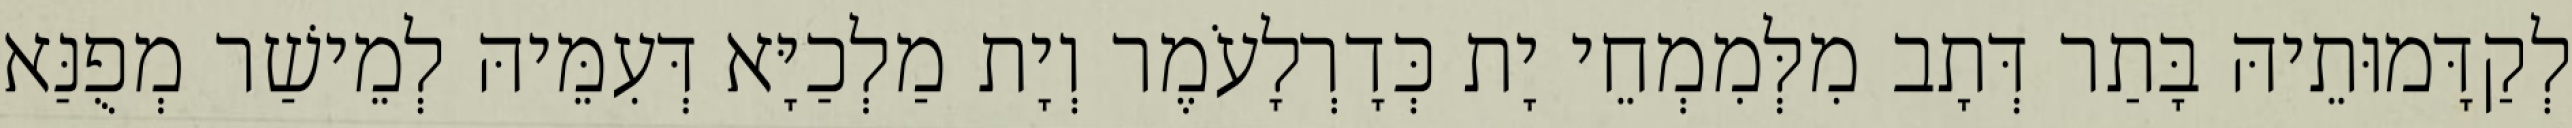
לְקַדָּמוּתֵיהּ בָּתַר דְּתָב מִלְּמִמְחֵי יָת כְּדָרְלָעֹמֶר וְיָת מַלְכַיָּא דְּעִמֵּיהּ לְמֵישַׁר מְפֻנַּא